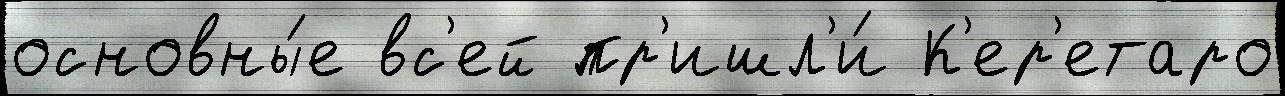
основны́е вс'ей пр'ишл'и́ К'ер'етаро